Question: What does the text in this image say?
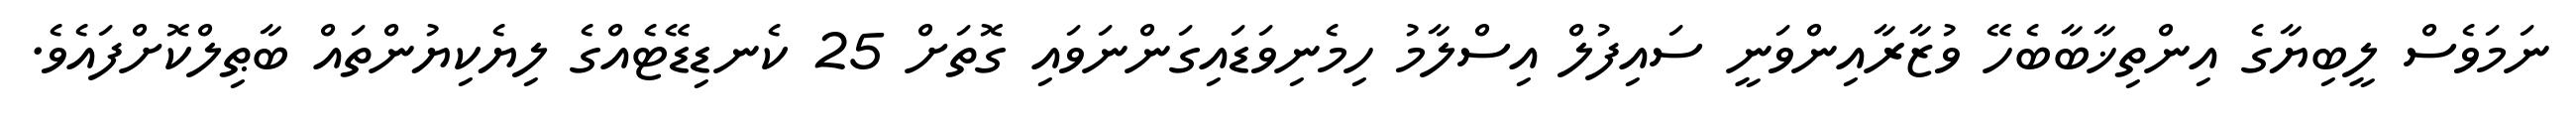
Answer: ނަމަވެސް ލީބިޔާގެ އިންތިޚާބާބެހޭ ވުޒާރާއިންވަނީ ސައިފުލް އިސްލާމު ހިމެނިވަޑައިގަންނަވައި ގޮތަށް 25 ކެނޑިޑޭޓެއްގެ ލިޔެކިޔުންތައް ބާޠިލްކޮށްފައެވެ.